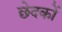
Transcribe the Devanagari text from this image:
छेदकों